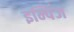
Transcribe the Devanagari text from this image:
इम्पिंज